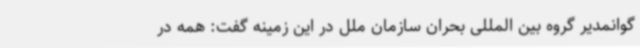
گوانمدیر گروه بین المللی بحران سازمان ملل در این زمینه گفت: همه در